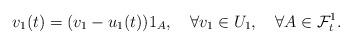
LaTeX: \begin{align*}v_1(t)=(v_1-u_1(t))1_A,\quad\forall v_1\in U_1,\quad\forall A\in\mathcal{F}_t^1.\end{align*}